Annual statistical returns and brief notes on vaccination in Bengal - 1887-1898
Year: 1887
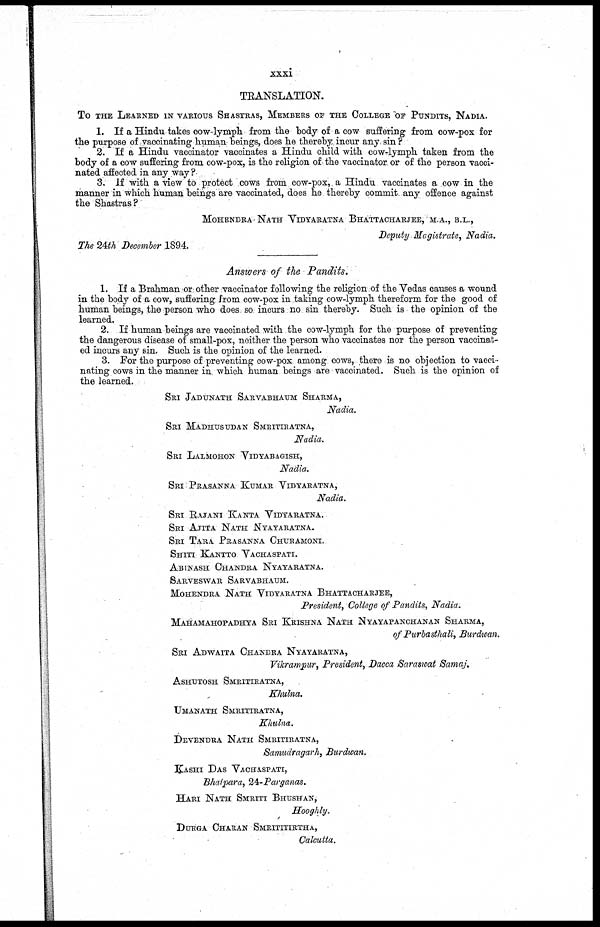
xxxi
TRANSLATION.
To THE LEARNED IN VARIOUS SHASTRAS, MEMBERS OF THE COLLEGE OF PUNDITS, NADIA.
1. If a Hindu takes cow-lymph from the body of a cow suffering from cow-pox for
the purpose of vaccinating human beings, does he thereby incur any sin?
2. If a Hindu vaccinator vaccinates a Hindu child with cow-lymph taken from the
body of a cow suffering from cow-pox, is the religion of the vaccinator or of the person vacci-
nated affected in any way?
3. If with a view to protect cows from cow-pox, a Hindu vaccinates a cow in the
manner in which human beings are vaccinated, does he thereby commit any offence against
the Shastras?
MOHENDRA NATH VIDYARATNA BHATTACHARJEE, M.A., B.L.,
Deputy Magistrate, Nadia.
The 24th December .1894.
Answers of the Pandits.
1. If a Brahman or other vaccinator following the religion of the Vedas causes a wound
in the body of a cow, suffering from cow-pox in taking cow-lymph thereform for the good of
human beings, the person who does so incurs no sin thereby. Such is the opinion of the
learned.
2. If human beings are vaccinated with the cow-lymph for the purpose of preventing
the dangerous disease of small-pox, neither the person who vaccinates nor the person vaccinat-
ed incurs any sin. Such is the opinion of the learned.
3. For the purpose of preventing cow-pox among cows, there is no objection to vacci-
nating cows in the manner in which human beings are vaccinated. Such is the opinion of
the learned.
SRI JADUNATH SARVABHAUM SHARMA,
Nadia.
SRI MADHUSUDAN
SMRITIRATNA,
Nadia.
SRI LALMOHON VIDYABAGISH,
Nadia.
SRI PRASANNA KUMAR VIDYARATNA,
Nadia.
SRI RAJANI KANTA VIDYARATNA.
SRI AJITA NATH NYAYARATNA.
SRI TARA PRASANNA CHURAMONI.
SHITI KANTTO VACHASPATI.
ABINASH CHANDRA NYAYARATNA.
SARVESWAR SARVABHAUM.
MOHENDRA NATH VIDYARATNA BHATTACHARJEE,
President, College of Pandits, Nadia.
MAHAMAHOPADHYA SRI KRISHNA NATH NYAYAPANCHANAN SHARMA,
of Purbasthali, Burdwan.
SRI ADWAITA CHANDRA NYAYARATNA,
Vikrampur, President, Dacca Saraswat Samaj.
ASHUTOSH SMRITIRATNA,
Khulna.
UMANATH SMRITIRATNA,
Khulna.
DEVENDRA NATH SMRITIRATNA,
Samudragarh, Burdwan.
KASHI DAS VACHASPATI,
Bhatpara, 24 -Parganas.
HARI NATH SMRITI BHUSHAN,
Hooghly.
DURGA CHARAN SMRITITIRTHA,
Calcutta.